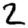
Digit: 2